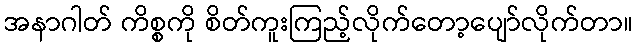
အနာဂါတ် ကိစ္စကို စိတ်ကူးကြည့်လိုက်တော့ပျော်လိုက်တာ။